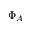
\Phi _ { A }